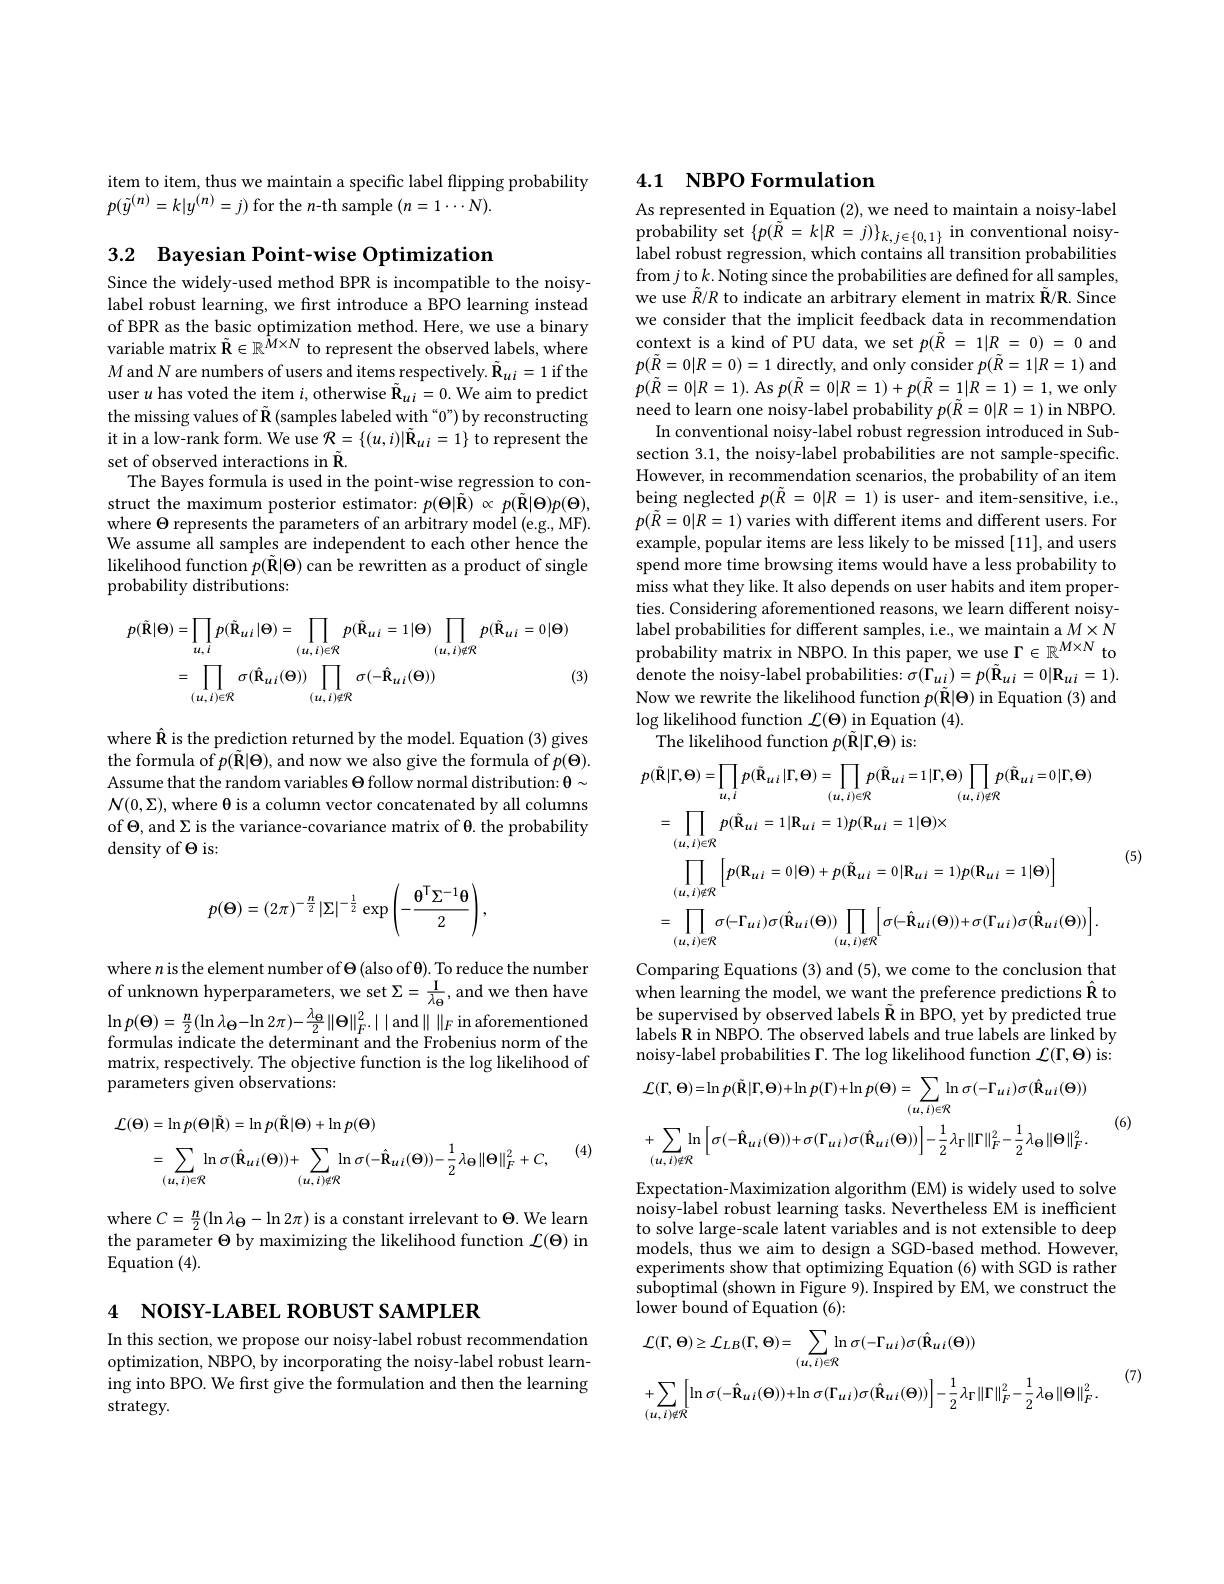
item to item, thus we maintain a specific label flipping probability
$p(\tilde{y}^{(n)}=k|y^{(n)}=j)$ for the $n$-th sample $(n=1\cdots N).$

3.2 Bayesian Point-wise Optimization

Since the widely-used method BPR is incompatible to the noisylabel robust learning, we first introduce a BPO learning instead of BPR as the basic optimization method. Here, we use a binary variable matrix $\tilde{\mathbf{R}}\in\mathbb{R}^{\hat{M}\times N}$ to represent the observed labels, where $M$ and N are numbers of users and items respectively. $\tilde{\mathbf{R}}_{ui}=1$ if the user $u$ has voted the item $i$,otherwise $\tilde{\mathbf{R}}_ui=0.$ We aim to predict the missing values of $\tilde{\mathbf{R}}\left(\text{samples labeled with“0”) by reconstructing}\right.$ it in a low-rank form. We use $R=\{(u,i)|\tilde{\mathbf{R}}_{ui}=1\}$ to represent the set of observed interactions in $\tilde{\mathbf{R}}.$
The Bayes formula is used in the point-wise regression to construct the maximum posterior estimator: $p(\Theta|\tilde{\mathbf{R}})\propto p(\tilde{\mathbf{R}}|\Theta)p(\Theta)$, where $\Theta$ represents the parameters of an arbitrary model (e.g., MF). We assume all samples are independent to each other hence the likelihood function $p(\tilde{\mathbf{R}}|\Theta)$ can be rewritten as a product of single probability distributions:
$$\begin{aligned}p(\tilde{\mathbf{R}}|\Theta)&=\prod_{u,i}p(\tilde{\mathbf{R}}_{ui}|\Theta)=\prod_{(u,i)\in\mathcal{R}}p(\tilde{\mathbf{R}}_{ui}=1|\Theta)\prod_{(u,i)\not\in\mathcal{R}}p(\tilde{\mathbf{R}}_{ui}=0|\Theta)\\&=\prod_{(u,i)\in\mathcal{R}}\sigma(\hat{\mathbf{R}}_{ui}(\Theta))\prod_{(u,i)\not\in\mathcal{R}}\sigma(-\hat{\mathbf{R}}_{ui}(\Theta))&\text{(}\end{aligned}$$
where $\hat{\mathbf{R}}$ is the prediction returned by the model. Equation (3) gives the formula of $p(\tilde{\mathbf{R}}|\Theta)$, and now we also give the formula of $p(\Theta).$ Assume that the random variables $\Theta$ follow normal distribution: $\theta\sim$ $\mathcal{N}(0,\Sigma)$, where θ is a column vector concatenated by all columns of $\Theta$, and $\Sigma$ is the variance-covariance matrix of $\theta.$ the probability density of $\Theta$ is:
$$p(\Theta)=(2\pi)^{-\frac{n}{2}}|\Sigma|^{-\frac{1}{2}}\exp\left(-\frac{\Theta^{\mathsf{T}}\Sigma^{-1}\Theta}{2}\right),$$
where $n$ is the element number of $\Theta$ (also of θ). To reduce the number of unknown hyperparameters, we set $\Sigma=\frac{\mathrm{I}}{\lambda_{\theta}}$, and we then have $\ln p(\Theta)=\frac{n}{2}(\ln\lambda_{\Theta}-\ln2\pi)-\frac{\lambda_{\Theta}}{2}\|\Theta\|_{F}^{2}.||$and$\|\|_F$in aforementioned formulas indicate the determinant and the Frobenius norm of the matrix, respectively. The objective function is the log likelihood of parameters given observations:
$$\begin{aligned}\mathcal{L}(\Theta)&=\ln p(\Theta|\tilde{\mathbf{R}})=\ln p(\tilde{\mathbf{R}}|\Theta)+\ln p(\Theta)\\&=\sum_{(u,i)\in\mathcal{R}}\ln\sigma(\hat{\mathbf{R}}_{ui}(\Theta))+\sum_{(u,i)\not\in\mathcal{R}}\ln\sigma(-\hat{\mathbf{R}}_{ui}(\Theta))-\frac{1}{2}\lambda_{\Theta}\|\Theta\|_{F}^{2}+C,\end{aligned}$$
(4)

where $C=\frac n2(\ln\lambda_{\Theta}-\ln2\pi)$ is a constant irrelevant to $\Theta.$ We learn the parameter $\Theta$ by maximizing the likelihood function $\mathcal{L}(\Theta)$ in Equation (4).

4 NOISY-LABEL ROBUST SAMPLER

In this section, we propose our noisy-label robust recommendation optimization, NBPO, by incorporating the noisy-label robust learning into BPO. We first give the formulation and then the learning strategy.

## 4.1 $\textbf{NBPO Formulation}$

As represented in Equation (2), we need to maintain a noisy-label $\begin{array}{c}{\mathrm{probability~set~\{p(\tilde{R}=k|R=j)\}_{k,j\in\{0,1\}}}}&{\mathrm{in~conventional~noisy-}}\\{\mathrm{probability~set~\{p(\tilde{R}=k|R=j)\}_{k,j\in\{0,1\}}}}&{\mathrm{in~conventional~noisy-}}\\{\mathrm{in~}}&{\mathrm{in~conventional~noisy-}}\\{\mathrm{in~}}&{\mathrm{in~}}\\{\mathrm{in~}}&{\mathrm{in~}}&{\mathrm{in~}}\\{\mathrm{in~}}&{\mathrm{in~}}&{\mathrm{in~}}\\\end{array}$ label robust regression, which contains all transition probabilities from $j$ to $k.$Noting since the probabilities are defined for all samples, we use $\tilde{R}/R$ to indicate an arbitrary element in matrix $\tilde{\mathbf{R}}/\mathbf{R}.$ Since we consider that the implicit feedback data in recommendation context is a kind of PU data, we set $p( \tilde{R}$ = $1| R$ = 0) = 0 and $p(\tilde{R}=0|R=0)=1$ directly, and only consider $p(\tilde{R}=1|R=1)$ and $p(\tilde{R}=0|R=1).$ As $p(\tilde{R}=0|R=1)+p(\tilde{R}=1|R=1)=1$, we only need to learn one noisy-label probability $p(\tilde{R}=0|R=1)$ in NBPO.
In conventional noisy-label robust regression introduced in Subsection 3.1, the noisy-label probabilities are not sample-specific. However, in recommendation scenarios, the probability of an item being neglected $p(\tilde{R}=0|R=1)$ is user- and item-sensitive, i.e., $p(\tilde{R}=0|R=1)$ varies with different items and different users. For example, popular items are less likely to be missed [11], and users spend more time browsing items would have a less probability to miss what they like. It also depends on user habits and item properties. Considering aforementioned reasons, we learn different noisylabel probabilities for different samples, i.e., we maintain a $M\times N$ probability matrix in NBPO. In this paper, we use $\Gamma\in\mathbb{R}^{M\times N}$ to ${\mathrm{denote~the~noisy-label~probabilities:~}\sigma(\Gamma_{ui})=p(\tilde{\mathbf{R}}_{ui}=0|\mathbf{R}_{ui}=1).}$ Now we rewrite the likelihood function $p(\tilde{\mathbf{R}}|\Theta)$ in Equation (3) and $\log$likelihood function $\mathcal{L}(\Theta)$ in Equation (4).
The likelihood function $p(\tilde{\mathbf{R}}|\Gamma,\dot{\mathbf{\Theta}})$ is:
$$\begin{aligned}&p(\tilde{\mathbf{R}}|\Gamma,\Theta)=\prod_{u,i}p(\tilde{\mathbf{R}}_{u,i}|\Gamma,\Theta)=\prod_{(u,i)\in\mathcal{R}}p(\tilde{\mathbf{R}}_{u,i}=1|\Gamma,\Theta)\prod_{(u,i)\in\mathcal{R}}p(\tilde{\mathbf{R}}_{u,i}=0|\Gamma,\Theta)\\&=\prod_{(u,i)\in\mathcal{R}}p(\tilde{\mathbf{R}}_{u,i}=1|\mathbf{R}_{u,i}=1)p(\mathbf{R}_{u,i}=1|\Theta)\times\\&\prod_{(u,i)\not\in\mathcal{R}}\left[p(\mathbf{R}_{ui}=0|\Theta)+p(\tilde{\mathbf{R}}_{ui}=0|\mathbf{R}_{ui}=1)p(\mathbf{R}_{ui}=1|\Theta)\right]\\&=\prod_{(u,i)\in\mathcal{R}}\sigma(-\Gamma_{ui})\sigma(\hat{\mathbf{R}}_{ui}(\Theta))\prod_{(u,i)\not\in\mathcal{R}}\left[\sigma(-\hat{\mathbf{R}}_{ui}(\Theta))+\sigma(\Gamma_{ui})\sigma(\hat{\mathbf{R}}_{ui}(\Theta))\right].\end{aligned}$$
(5)

Comparing Equations (3) and (5), we come to the conclusion that when learning the model, we want the preference predictions Î to be supervised by observed labels $\tilde{\mathbf{R}}$ in BPO, yet by predicted true labels R in NBPÓ. The observed labels and true labels are linked by noisy-label probabilities $\Gamma.$ The log likelihood function $\mathcal{L}(\Gamma,\Theta)$ is:
$$\mathcal{L}(\Gamma,\Theta)=\ln p(\tilde{\mathbf{R}}|\Gamma,\Theta)+\ln p(\Gamma)+\ln p(\Theta)=\sum_{(u,i)\in\mathcal{R}}\ln\sigma(-\Gamma_{ui})\sigma(\hat{\mathbf{R}}_{ui}(\Theta))\\+\sum_{(u,i)\not\in\mathcal{R}}\ln\left[\sigma(-\hat{\mathbf{R}}_{ui}(\Theta))+\sigma(\Gamma_{ui})\sigma(\hat{\mathbf{R}}_{ui}(\Theta))\right]-\frac{1}{2}\lambda_{\Gamma}\|\Gamma\|_{F}^{2}-\frac{1}{2}\lambda_{\Theta}\|\Theta\|_{F}^{2}.$$
(6)

Expectation-Maximization algorithm (EM) is widely used to solve noisy-label robust learning tasks. Nevertheless EM is inefficient to solve large-scale latent variables and is not extensible to deep models, thus we aim to design a SGD-based method. However, experiments show that optimizing Equation (6) with SGD is rather $\dot{\text{suboptimal (shown in Figure 9). Inspired by EM, we construct the}}$ lower bound of Equation ( 6) :
$$\begin{aligned}&\mathcal{L}(\Gamma,\Theta)\geq\mathcal{L}_{LB}(\Gamma,\Theta)=\sum_{(u,i)\in\mathcal{R}}\ln\sigma(-\Gamma_{ui})\sigma(\hat{\mathrm{R}}_{ui}(\Theta))\\&+\sum_{(u,i)\not\in\mathcal{R}}\left[\ln\sigma(-\hat{\mathrm{R}}_{ui}(\Theta))+\ln\sigma(\Gamma_{ui})\sigma(\hat{\mathrm{R}}_{ui}(\Theta))\right]-\frac{1}{2}\lambda_{\Gamma}\left\|\Gamma\right\|_{F}^{2}-\frac{1}{2}\lambda_{\Theta}\left\|\Theta\right\|_{F}^{2}.\end{aligned}$$
(7)